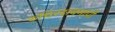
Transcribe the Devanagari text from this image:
रुधिरदाबमापी